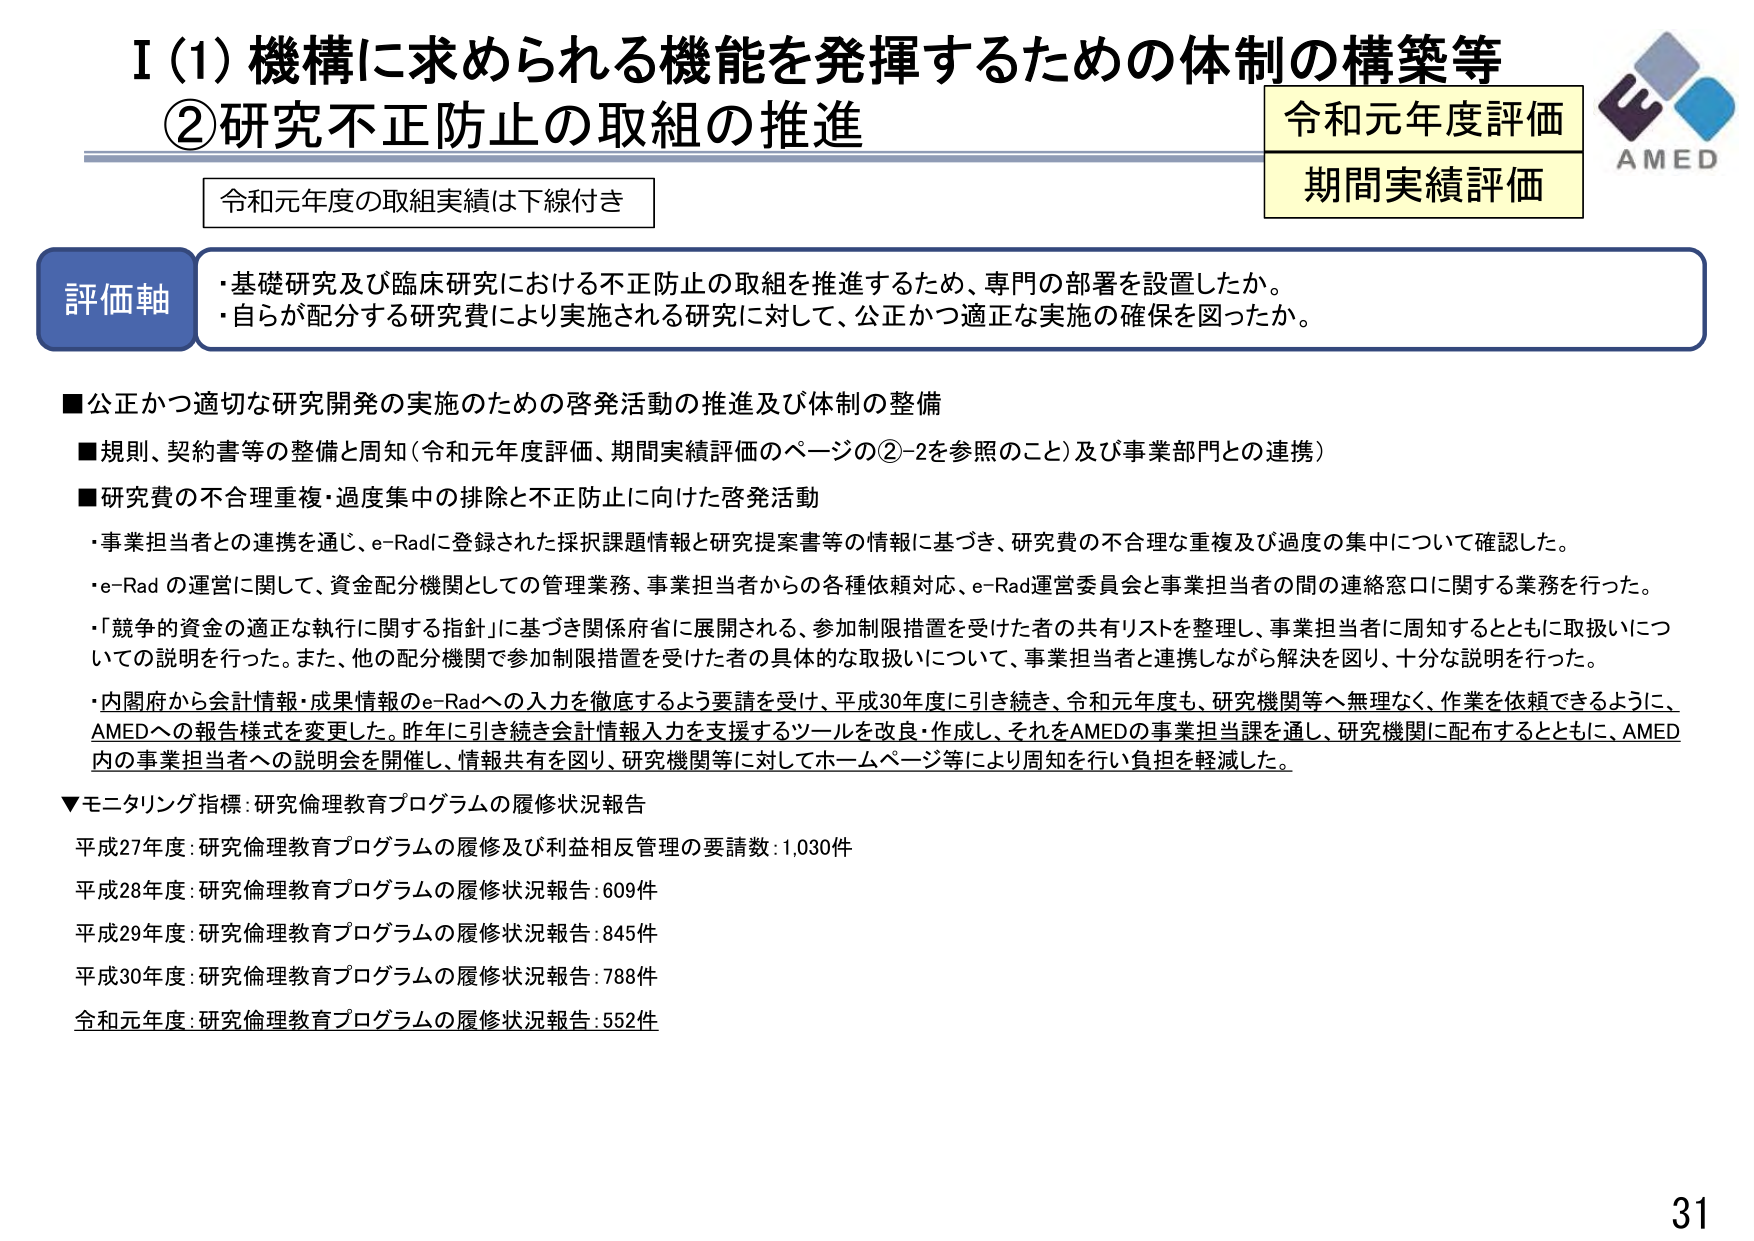
I（1）機構に求められる機能を発揮するための体制の構築等
②研究不正防止の取組の推進

令和元年度評価
期間実績評価

AMED

令和元年度の取組実績は下線付き

評価軸
・基礎研究及び臨床研究における不正防止の取組を推進するため、専門の部署を設置したか。
・自らが配分する研究費により実施される研究に対して、公正かつ適正な実施の確保を図ったか。

■公正かつ適切な研究開発の実施のための啓発活動の推進及び体制の整備
■規則、契約書等の整備と周知（令和元年度評価、期間実績評価のページの②-2を参照のこと）及び事業部門との連携）
■研究費の不合理重複・過度集中の排除と不正防止に向けた啓発活動
・事業担当者との連携を通じ、e-Radに登録された採択課題情報と研究提案書等の情報に基づき、研究費の不合理な重複及び過度の集中について確認した。
・e-Rad の運営に関して、資金配分機関としての管理業務、事業担当者からの各種依頼対応、e-Rad運営委員会と事業担当者の間の連絡窓口に関する業務を行った。
・「競争的資金の適正な執行に関する指針」に基づき関係府省に展開される、参加制限措置を受けた者の共有リストを整理し、事業担当者に周知するとともに取扱いについての説明を行った。また、他の配分機関で参加制限措置を受けた者の具体的な取扱いについて、事業担当者と連携しながら解決を図り、十分な説明を行った。
・内閣府から会計情報・成果情報のe-Radへの入力を徹底するよう要請を受け、平成30年度に引き続き、令和元年度も、研究機関等へ無理なく、作業を依頼できるように、AMEDへの報告様式を変更した。昨年に引き続き会計情報入力を支援するツールを改良・作成し、それをAMEDの事業担当課を通し、研究機関に配布するとともに、AMED内の事業担当者への説明会を開催し、情報共有を図り、研究機関等に対してホームページ等により周知を行い負担を軽減した。

▼モニタリング指標：研究倫理教育プログラムの履修状況報告
平成27年度：研究倫理教育プログラムの履修及び利益相反管理の要請数：1,030件
平成28年度：研究倫理教育プログラムの履修状況報告：609件
平成29年度：研究倫理教育プログラムの履修状況報告：845件
平成30年度：研究倫理教育プログラムの履修状況報告：788件
令和元年度：研究倫理教育プログラムの履修状況報告：552件

31